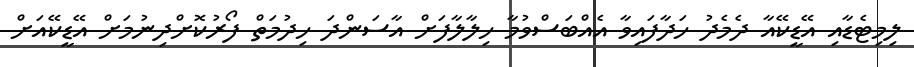
ލިމިޓެޑާއި އޭޑީކޭއާ ދެމެދު ހަދާފައިވާ އެއްބަސްވުމާ ހިލާލާފަށް އާސަންދަ ހިދުމަތް ފޯރުކޮށްދިނުމަށް އޭޑީކޭއަށް